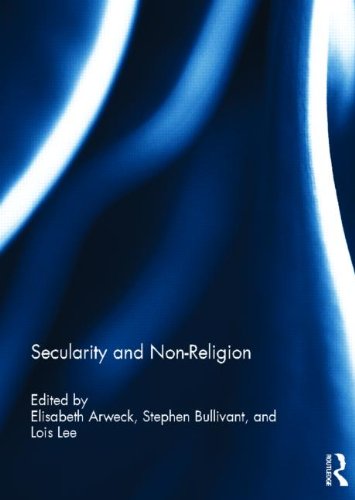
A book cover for Secularity and Non-Religion; Religion & Spirituality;